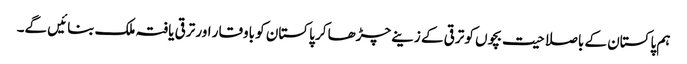
ہم پاکستان کے باصلاحیت بچوں کو ترقی کے زینے چڑھا کر پاکستان کو باوقار اور ترقی یافتہ ملک بنائیں گے۔